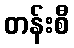
တန်းစီ